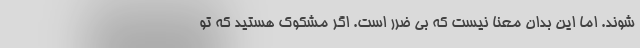
شوند. اما این بدان معنا نیست که بی ضرر است. اگر مشکوک هستید که تو